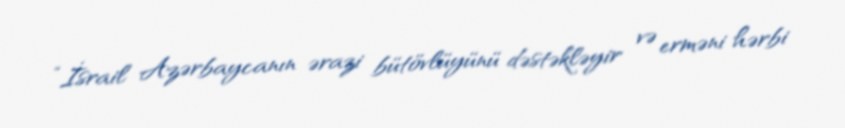
“İsrail Azərbaycanın ərazi bütövlüyünü dəstəkləyir və erməni hərbi